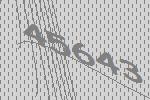
45643